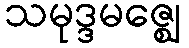
သမုဒ္ဒမဇ္ဈေ